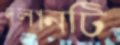
দলানটি